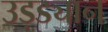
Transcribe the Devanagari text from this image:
उड़ड्यान